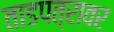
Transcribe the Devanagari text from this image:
ताडपत्रावर